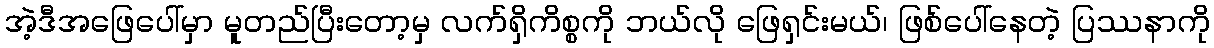
အဲ့ဒီအဖြေပေါ်မှာ မူတည်ပြီးတော့မှ လက်ရှိကိစ္စကို ဘယ်လို ဖြေရှင်းမယ်၊ ဖြစ်ပေါ်နေတဲ့ ပြဿနာကို